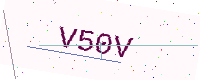
Text: V50V